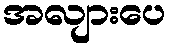
အလျားပေ